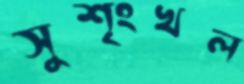
সুশৃংখল